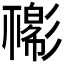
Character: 𢒴